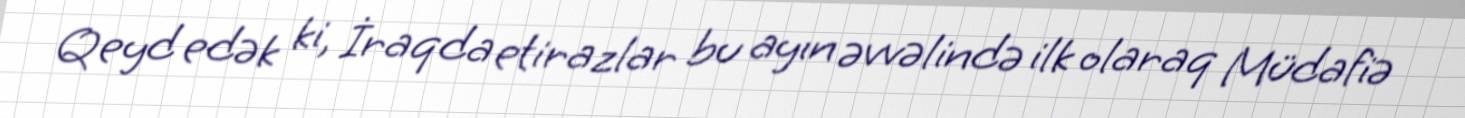
Qeyd edək ki, İraqda etirazlar bu ayın əvvəlində ilk olaraq Müdafiə